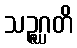
သဉ္ဇဂ္ဃတိ